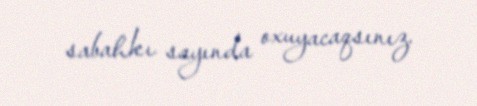
sabahkı sayında oxuyacaqsınız.